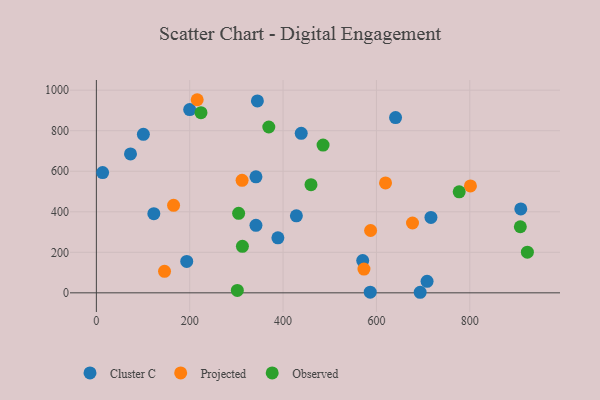
{"axis": {"x": "Engine Size", "y": "Sales"}, "legend": ["Cluster C", "Observed", "Projected"], "data": [{"x": "100.7", "y": 782.5, "type": "Cluster C"}, {"x": "345.0", "y": 947.1, "type": "Cluster C"}, {"x": "123.1", "y": 390.9, "type": "Cluster C"}, {"x": "708.5", "y": 57.0, "type": "Cluster C"}, {"x": "341.9", "y": 333.2, "type": "Cluster C"}, {"x": "438.9", "y": 787.4, "type": "Cluster C"}, {"x": "570.6", "y": 159.1, "type": "Cluster C"}, {"x": "193.6", "y": 155.0, "type": "Cluster C"}, {"x": "586.7", "y": 3.3, "type": "Cluster C"}, {"x": "909.3", "y": 413.9, "type": "Cluster C"}, {"x": "13.4", "y": 593.3, "type": "Cluster C"}, {"x": "341.9", "y": 572.7, "type": "Cluster C"}, {"x": "73.1", "y": 685.6, "type": "Cluster C"}, {"x": "716.8", "y": 372.0, "type": "Cluster C"}, {"x": "428.5", "y": 380.3, "type": "Cluster C"}, {"x": "388.9", "y": 271.4, "type": "Cluster C"}, {"x": "641.0", "y": 864.8, "type": "Cluster C"}, {"x": "693.7", "y": 2.8, "type": "Cluster C"}, {"x": "199.9", "y": 904.4, "type": "Cluster C"}, {"x": "587.5", "y": 307.6, "type": "Projected"}, {"x": "801.4", "y": 527.8, "type": "Projected"}, {"x": "573.3", "y": 117.4, "type": "Projected"}, {"x": "312.2", "y": 555.4, "type": "Projected"}, {"x": "216.0", "y": 953.0, "type": "Projected"}, {"x": "619.5", "y": 542.6, "type": "Projected"}, {"x": "146.0", "y": 106.2, "type": "Projected"}, {"x": "677.3", "y": 344.6, "type": "Projected"}, {"x": "165.4", "y": 431.7, "type": "Projected"}, {"x": "485.7", "y": 729.4, "type": "Observed"}, {"x": "777.3", "y": 498.7, "type": "Observed"}, {"x": "459.8", "y": 534.0, "type": "Observed"}, {"x": "908.3", "y": 326.2, "type": "Observed"}, {"x": "923.4", "y": 200.6, "type": "Observed"}, {"x": "312.9", "y": 229.4, "type": "Observed"}, {"x": "224.1", "y": 889.1, "type": "Observed"}, {"x": "304.8", "y": 392.2, "type": "Observed"}, {"x": "369.4", "y": 818.3, "type": "Observed"}, {"x": "302.0", "y": 11.7, "type": "Observed"}]}